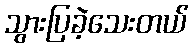
သွားပြခဲ့သေးတယ်